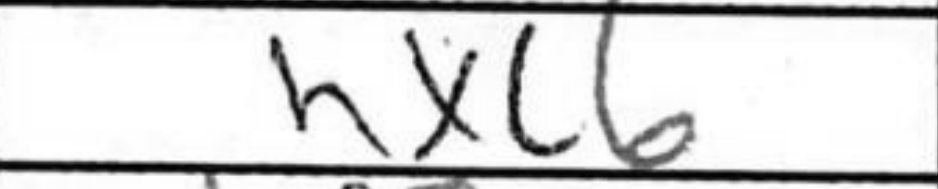
Transcription: hxc6